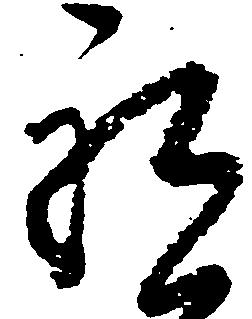
祝